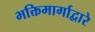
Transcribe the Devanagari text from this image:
भक्तिमार्गाद्वारे